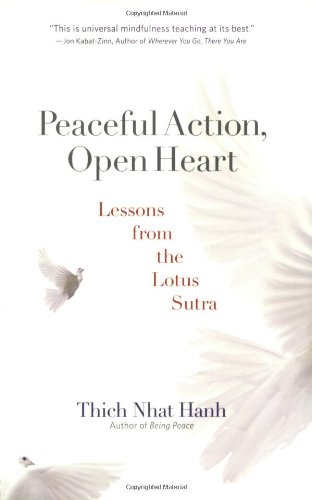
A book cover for Peaceful Action, Open Heart: Lessons from the Lotus Sutra; Thich Nhat Hanh; Religion & Spirituality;